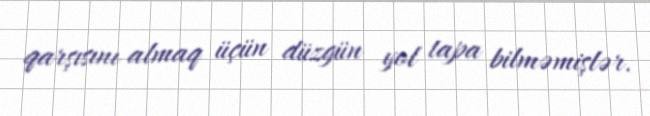
qarşısını almaq üçün düzgün yol tapa bilməmişlər.